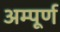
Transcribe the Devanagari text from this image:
अम्पूर्ण